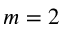
m = 2